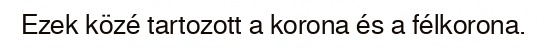
Ezek közé tartozott a korona és a félkorona.